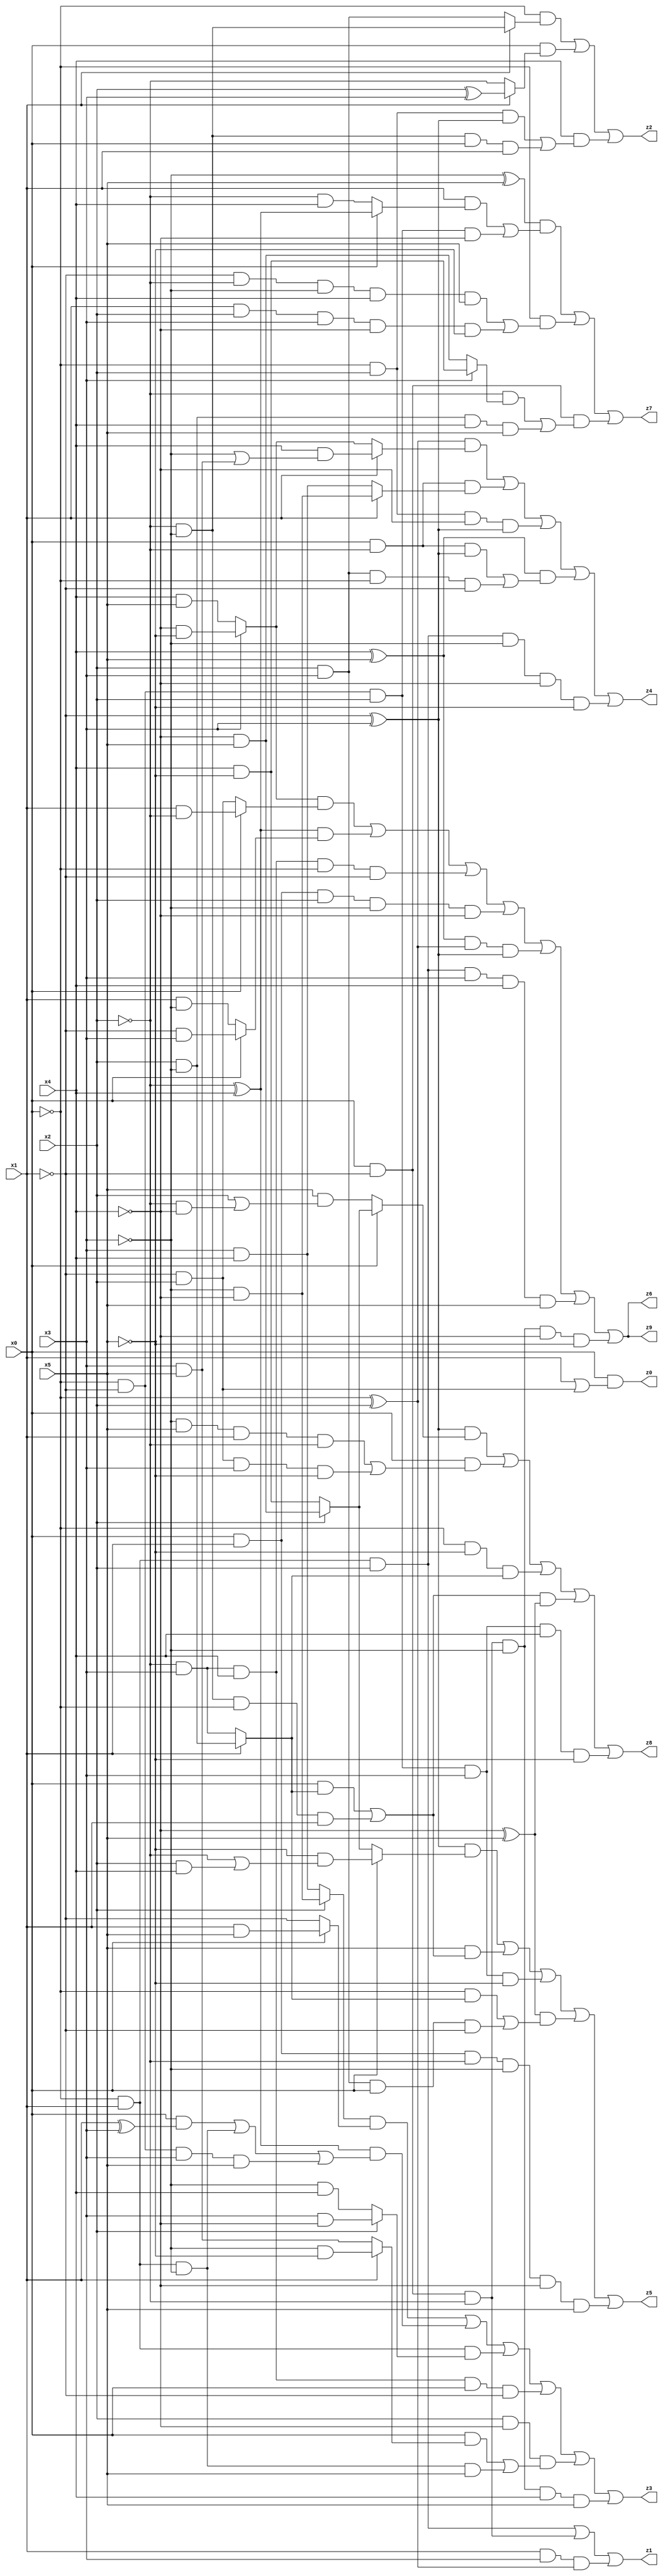
// Benchmark "q_1" written by ABC on Mon Jul 10 22:15:51 2023

module q_1 ( 
    x0, x1, x2, x3, x4, x5,
    z0, z1, z2, z3, z4, z5, z6, z7, z8, z9  );
  input  x0, x1, x2, x3, x4, x5;
  output z0, z1, z2, z3, z4, z5, z6, z7, z8, z9;
  assign z0 = x0 & (x1 | (~x1 & x2));
  assign z1 = (~x0 & x1 & x2) | (x0 & ~x1 & ~x2) | (x1 & x3 & (~x0 ^ x2));
  assign z2 = (~x0 & (x1 ? (~x2 & ~x3) : (x2 & x3))) | (x0 & (x1 ? (x2 ^ x3) : ~x2)) | (x4 & ((~x0 & x2 & (~x1 ^ x3)) | (~x2 & ~x3 & x0 & x1)));
  assign z3 = ((x2 ? (~x3 & ~x4) : (x3 & x4)) & (x0 ? (x1 & x5) : ~x1)) | ((~x2 ^ x4) & ((x0 & (x1 ^ x3)) | (~x0 & x1 & ~x3) | (~x0 & ~x1 & x3 & x5))) | (~x0 & x1 & (x2 ? (x3 & ~x4) : (~x3 & x4))) | (~x2 & x3 & x4 & x0 & ~x1) | (x2 & ~x4 & ((x0 & (x1 ? (~x3 & ~x5) : (x3 & x5))) | (~x0 & x1 & ~x3 & x5))) | (x0 & ~x1 & ~x2 & ~x3 & x4 & x5);
  assign z4 = ((~x0 ^ x2) & (x1 ? (x4 & (~x3 | (x3 & x5))) : (x3 ? (~x4 & ~x5) : (x4 & x5)))) | (x0 & ~x2 & (x1 ? (~x3 & ~x4) : (x3 & x4))) | (~x0 & x2 & ~x4 & (~x1 ^ x3)) | ((x4 ^ x5) & ((x0 & ~x2 & (~x1 ^ x3)) | (x2 & x3 & ~x0 & ~x1))) | (~x0 & x1 & x2 & ~x3 & ~x4 & ~x5);
  assign z5 = ((~x1 ^ x3) & (x0 ? (~x5 & (~x2 | (x2 & x4))) : (x2 ? (~x4 & x5) : (x4 & ~x5)))) | (x5 & ((x0 & (x1 ? (x2 & ~x3) : (~x2 & x3))) | (~x2 & ~x3 & ~x0 & x1))) | (~x0 & ~x1 & x2 & x3 & ~x5) | ((~x4 ^ x5) & ((~x0 & (x1 ? (x2 & ~x3) : (~x2 & x3))) | (x2 & x3 & x0 & ~x1))) | (x0 & x1 & ~x2 & ~x3 & ~x4 & x5);
  assign z6 = ((x3 ? (~x4 & ~x5) : (x4 & x5)) & (x0 ? (x1 & ~x2) : (~x1 & x2))) | ((~x2 ^ x4) & (x0 ? (~x1 & x3) : (x1 & ~x3))) | (~x2 & x3 & x4 & ~x0 & ~x1) | (x0 & x1 & x2 & ~x3 & ~x4) | ((x4 ^ x5) & (~x0 ^ x2) & (~x1 ^ x3)) | (~x0 & x1 & x2 & x3 & x4 & x5) | (x0 & ~x1 & ~x2 & ~x3 & ~x4 & ~x5);
  assign z7 = ((~x3 ^ x5) & ((x1 & (x0 ? (~x2 ^ x4) : (~x2 & x4))) | (~x0 & ~x1 & x2 & ~x4))) | (~x0 & ((~x1 & ~x2 & ~x3 & x4 & x5) | (x1 & x2 & x3 & ~x4 & ~x5))) | (x0 & ~x1 & ((~x2 & (x3 ? (x4 & ~x5) : (~x4 & x5))) | (x2 & ~x3 & x4 & x5)));
  assign z8 = ((~x1 ^ x3) & (x0 ? (x2 ? (~x4 & x5) : (x4 & ~x5)) : (x5 & (x2 | (~x2 & ~x4))))) | (x0 & ((~x3 & x5 & x1 & ~x2) | (~x1 & x2 & x3 & ~x5))) | (~x0 & ~x5 & (x1 ? (x2 & ~x3) : (~x2 & x3))) | (((x0 & (x1 ? (x2 & ~x3) : (~x2 & x3))) | (~x2 & ~x3 & ~x0 & x1)) & (~x4 ^ x5)) | (~x0 & ~x1 & x2 & x3 & x4 & ~x5);
  assign z9 = ((x3 ? (~x4 & ~x5) : (x4 & x5)) & (x0 ? (x1 & ~x2) : (~x1 & x2))) | ((~x2 ^ x4) & (x0 ? (~x1 & x3) : (x1 & ~x3))) | (~x2 & x3 & x4 & ~x0 & ~x1) | (x0 & x1 & x2 & ~x3 & ~x4) | ((x4 ^ x5) & (~x0 ^ x2) & (~x1 ^ x3)) | (~x0 & x1 & x2 & x3 & x4 & x5) | (x0 & ~x1 & ~x2 & ~x3 & ~x4 & ~x5);
endmodule